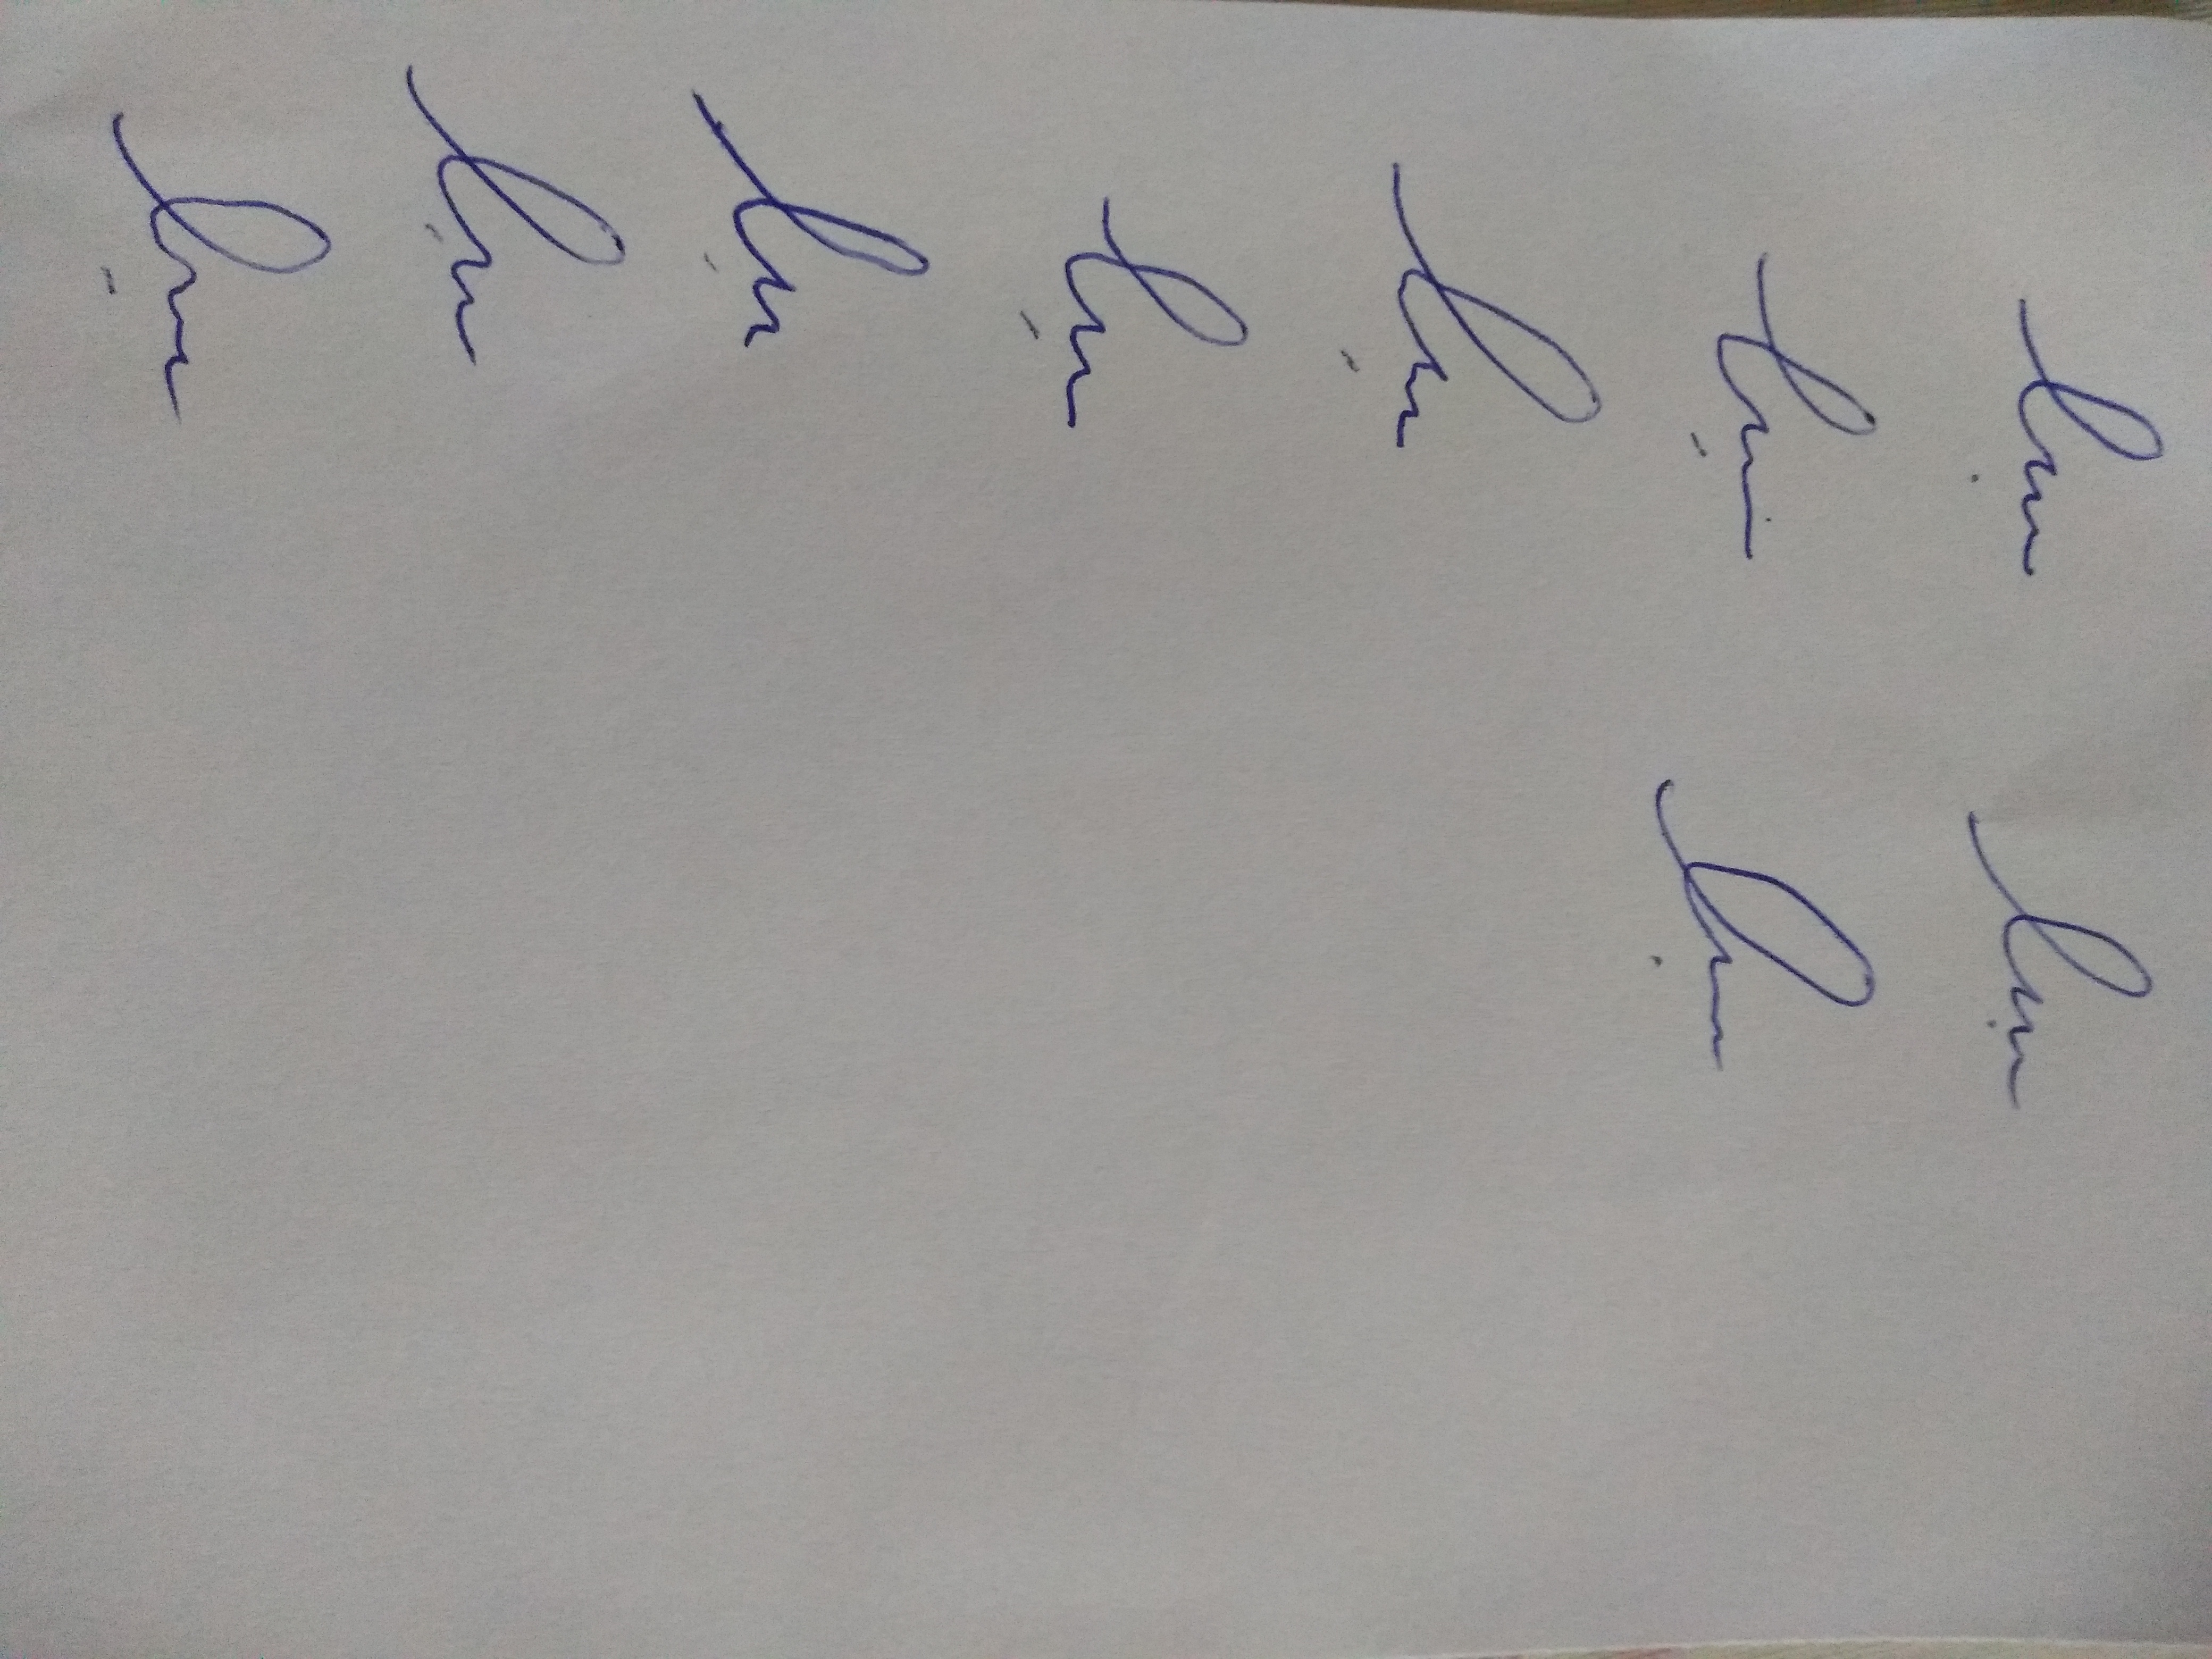
Signature authenticity: forged